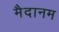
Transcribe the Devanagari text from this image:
मैदानम